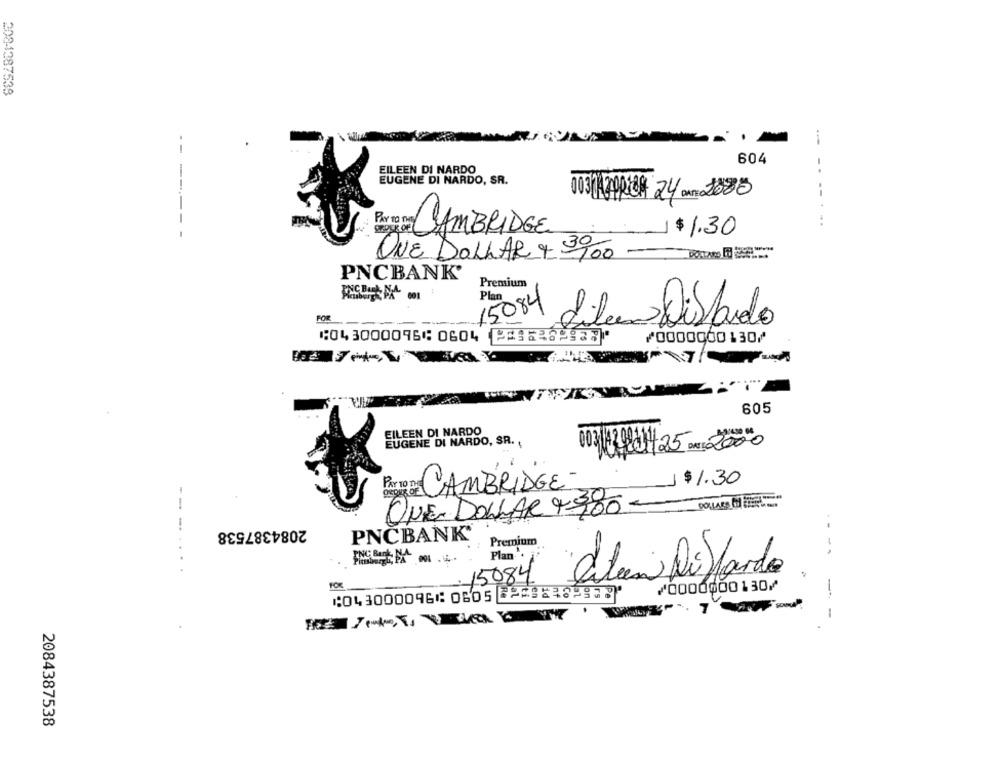
208.1287538
-
--
604
EILEEN DI NARDO
EUGENE DI NARDO, SR.
0032HAPPICH 24 an 2088
----
CAMBRIDGE
$1.30
ONE DOLLAR + 3900
PNCBANK'
Premium
Plan
15084
FOR
Liber Pillado
⑆043000096⑆ 0604 2⑆35382937⑈
⑇0000000130⑇
605
EILEEN DI NARDO
EUGENE DI NARDO, SR ..
003142 0811/25 DATE 2020
Por TO DE CAMBRIDGE-
$1.30
ONE DOLLAR 4900 -
2084387538
PNCBANK®
Premium
----
Plan:
15084
Alien Di larda
FOR
⑇0000000130⑇
-
⑆043000096⑆ 0605 82582382917'
-
2084387538